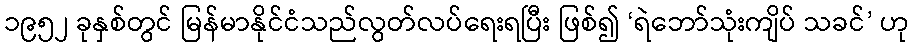
၁၉၅၂ ခုနှစ်တွင် မြန်မာနိုင်ငံသည်လွတ်လပ်ရေးရပြီး ဖြစ်၍ ‘ရဲဘော်သုံးကျိပ် သခင်’ ဟု